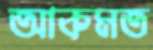
আকমত